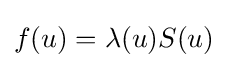
f(u)=\lambda (u)S(u)